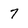
Character: 7